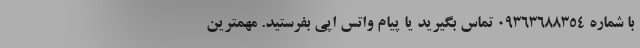
با شماره ۰۹۳۶۳۶۸۸۳۵۴ تماس بگیرید یا پیام واتس اپی بفرستید. مهمترین